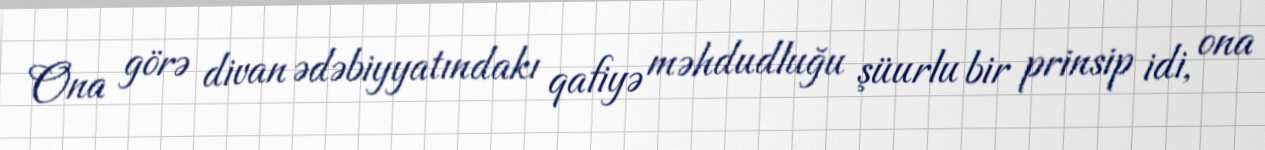
Ona görə divan ədəbiyyatındakı qafiyə məhdudluğu şüurlu bir prinsip idi, ona